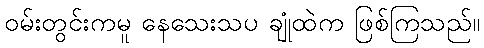
ဝမ်းတွင်းကမူ နေသေးသပ ချုံထဲက ဖြစ်ကြသည်။